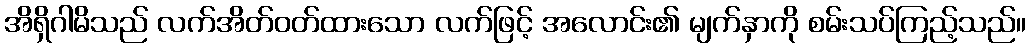
အိရှိဂါမိသည် လက်အိတ်ဝတ်ထားသော လက်ဖြင့် အလောင်း၏ မျက်နှာကို စမ်းသပ်ကြည့်သည်။